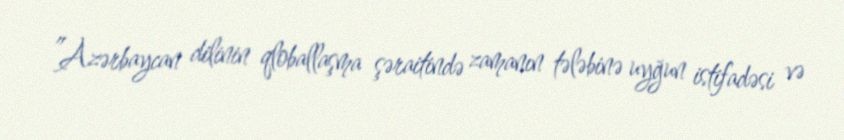
”Azərbaycan dilinin qloballaşma şəraitində zamanın tələbinə uyğun istifadəsi və